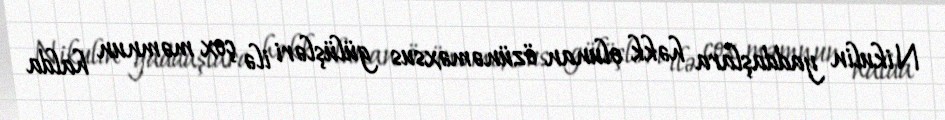
Nikulin yaddaşlara həkk olunan özünəməxsus gülüşləri ilə çox məmnun halda